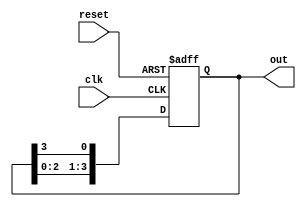
module ring_counter #(
    parameter N = 4  // Number of flip-flops (states)
) (
    input wire clk,        // Clock input
    input wire reset,      // Asynchronous reset input
    output reg [N-1:0] out // Output representing the current state
);

    // Initial state is set to 1 in the first flip-flop
    initial begin
        out = 1'b1; // Set initial state to 100...0
    end

    always @(posedge clk or posedge reset) begin
        if (reset) begin
            out <= 1'b1; // Reset to initial state
        end else begin
            // Shift the '1' bit to the left
            out <= {out[N-2:0], out[N-1]}; // Shift left and wrap around
        end
    end

endmodule